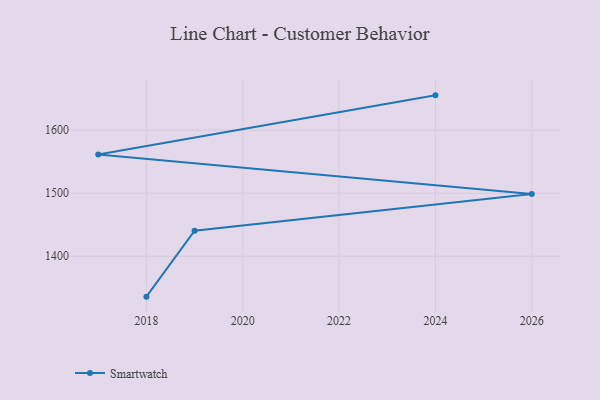
{"axis": {"x": "Year", "y": "Revenue (USD Million)"}, "legend": ["Smartwatch"], "data": [{"x": "2024", "y": 1655.2, "type": "Smartwatch"}, {"x": "2017", "y": 1561.3, "type": "Smartwatch"}, {"x": "2026", "y": 1498.9, "type": "Smartwatch"}, {"x": "2019", "y": 1440.5, "type": "Smartwatch"}, {"x": "2018", "y": 1335.9, "type": "Smartwatch"}]}